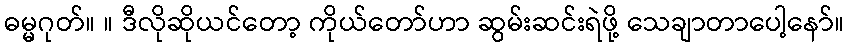
ဓမ္မဂုတ်။ ။ ဒီလိုဆိုယင်တော့ ကိုယ်တော်ဟာ ဆွမ်းဆင်းရဲဖို့ သေချာတာပေါ့နော်။